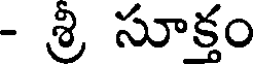
- శ్రి సూక్తం